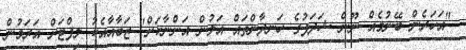
"އަހަރެން ބޭނުމެއް ނޫން ޝަދަފުގެ ހަނދާންތައް އަލުން އަންނާކަށް" ޒަބާއާއެކު ލިފްޓަށް އަރަމުން